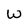
Character: W